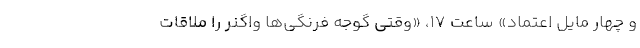
و چهار مایل اعتماد» ساعت ۱۷، «وقتی گوجه فرنگی‌ها واگنر را ملاقات